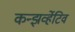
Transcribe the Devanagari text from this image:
कन्झर्व्हेटिव